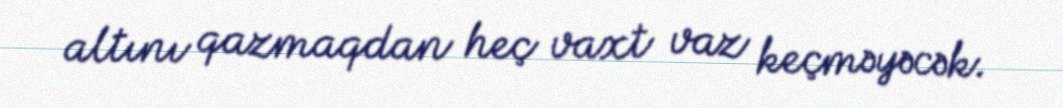
altını qazmaqdan heç vaxt vaz keçməyəcək.